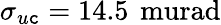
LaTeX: \sigma_{u\mathtt{c}}=14.5\, \mathrm{{\ murad}}